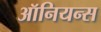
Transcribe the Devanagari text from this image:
ऑनियन्स